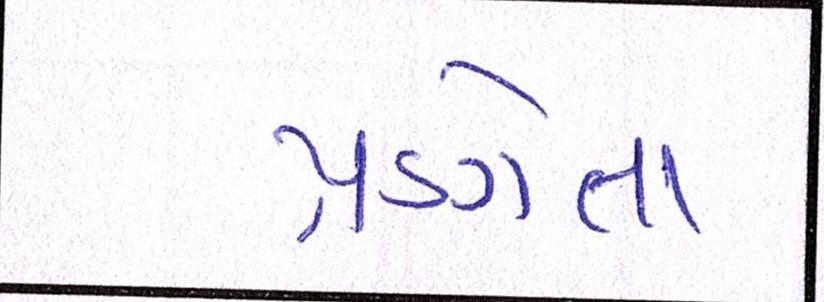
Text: પ્રણેતા